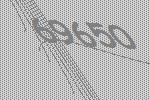
69650